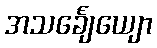
အသင်္ချေယျော